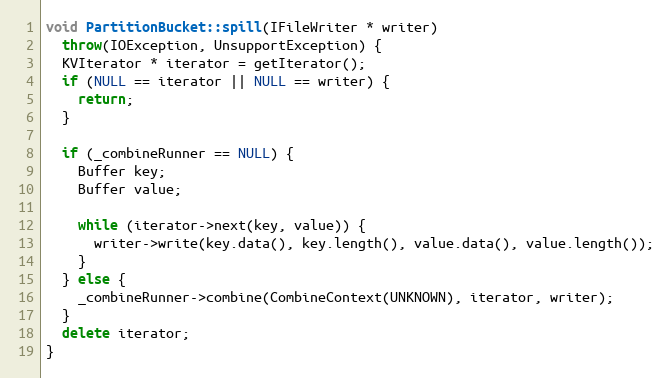
Language: C++
void PartitionBucket::spill(IFileWriter * writer)
  throw(IOException, UnsupportException) {
  KVIterator * iterator = getIterator();
  if (NULL == iterator || NULL == writer) {
    return;
  }

  if (_combineRunner == NULL) {
    Buffer key;
    Buffer value;

    while (iterator->next(key, value)) {
      writer->write(key.data(), key.length(), value.data(), value.length());
    }
  } else {
    _combineRunner->combine(CombineContext(UNKNOWN), iterator, writer);
  }
  delete iterator;
}